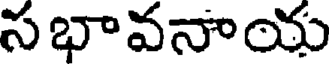
సభావనాయ